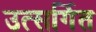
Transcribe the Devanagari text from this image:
उत्सर्गित